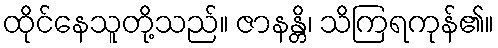
ထိုင်နေသူတို့သည်။ ဇာနန္တိ၊ သိကြရကုန်၏။